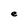
Character: e